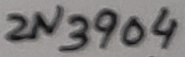
Text: 2N3904